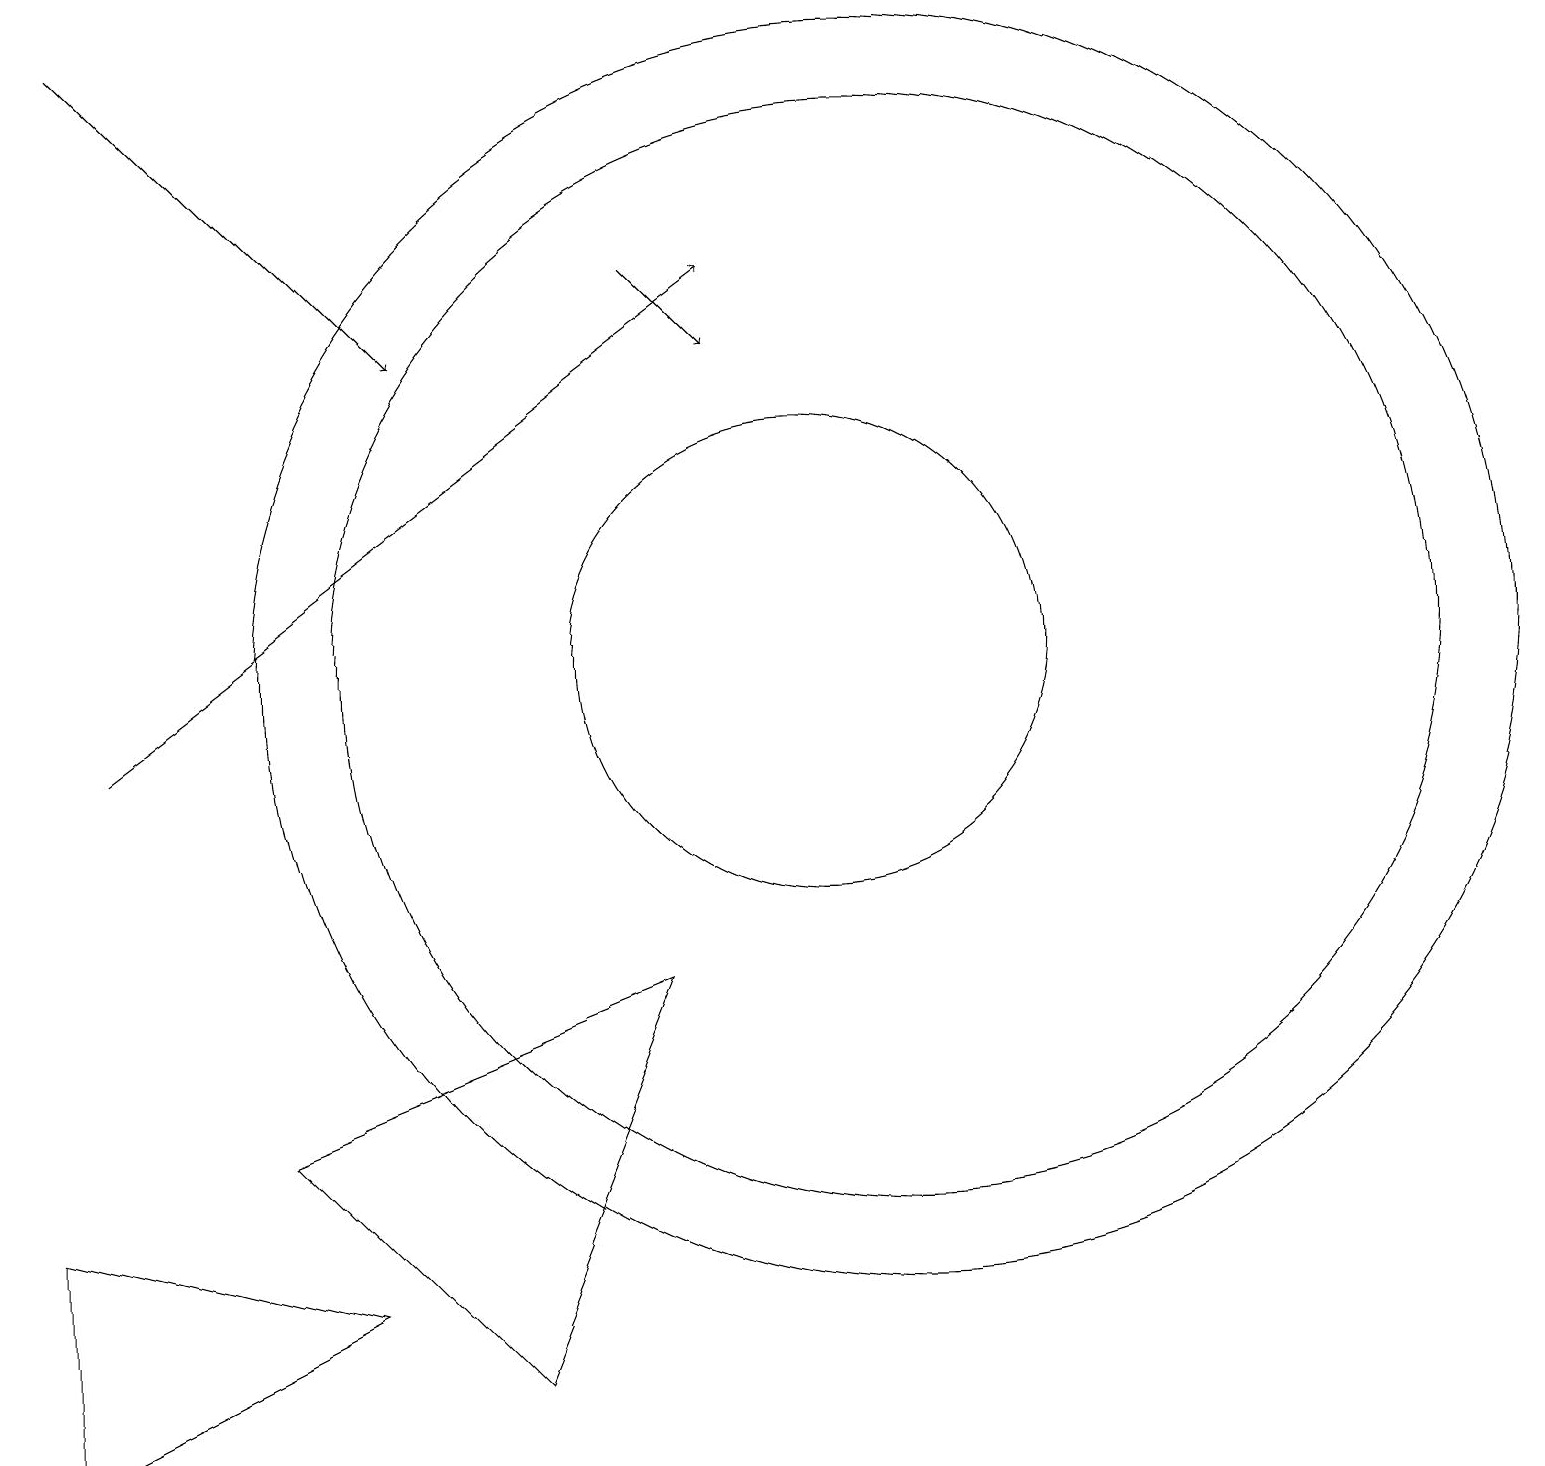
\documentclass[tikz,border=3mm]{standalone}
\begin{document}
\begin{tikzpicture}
\draw (11,11) circle (8);
\draw (11,11) circle (7);
\draw (0,4) -- (0,1) -- (4,3) -- cycle;
\draw[->] (1,19) -- (5,15);
\draw (3,5) -- (6,2) -- (8,7) -- cycle;
\draw[->] (1,10) -- (9,16);
\draw[->] (8,16) -- (9,15);
\draw (10,11) circle (3);
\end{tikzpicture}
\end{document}